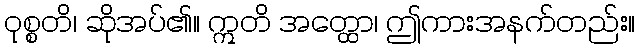
ဝုစ္စတိ၊ ဆိုအပ်၏။ ဣတိ အတ္ထော၊ ဤကားအနက်တည်း။